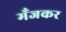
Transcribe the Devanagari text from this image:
मँजकर